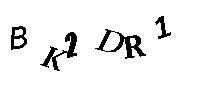
BK2DR1